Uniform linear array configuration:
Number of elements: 24
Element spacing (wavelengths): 0.75
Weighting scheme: uniform
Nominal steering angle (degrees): -45
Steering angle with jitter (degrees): -46.131
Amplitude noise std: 0.05
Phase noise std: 0.05

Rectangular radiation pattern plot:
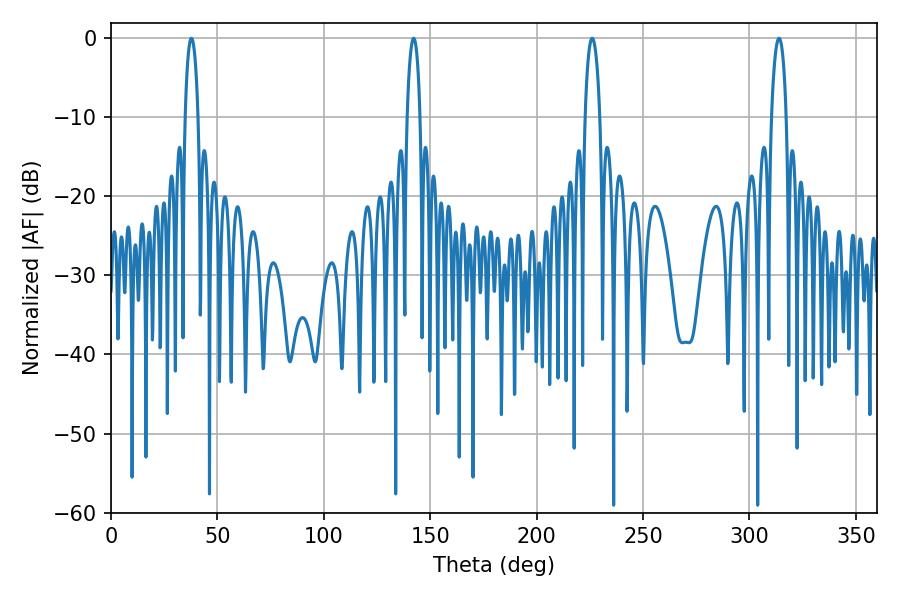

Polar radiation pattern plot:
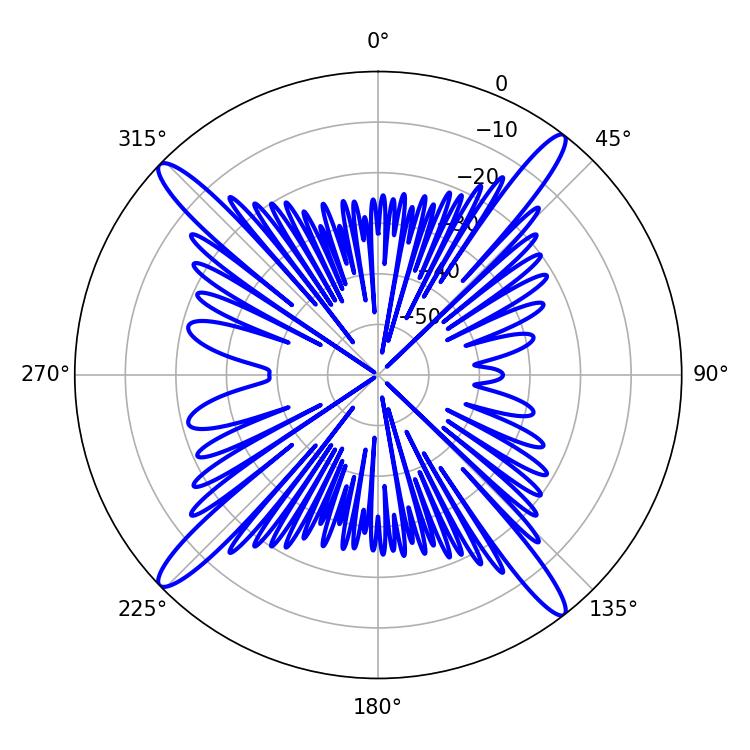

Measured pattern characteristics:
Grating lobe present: TRUE
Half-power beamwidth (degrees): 3.42
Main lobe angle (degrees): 37.8